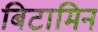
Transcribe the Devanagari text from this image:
बिटामिन